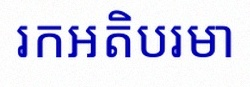
រកអតិបរមា